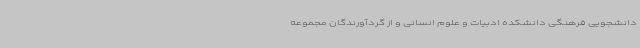
دانشجویی فرهنگی دانشکده ادبیات و علوم انسانی و از گردآورندگان مجموعه